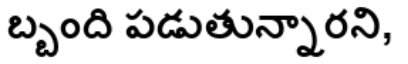
బ్బంది పడుతున్నారని,